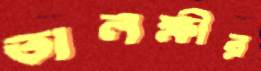
তালক্ষীর